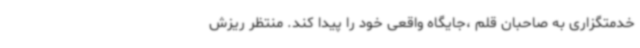
خدمتگزاری به صاحبان قلم ،جایگاه واقعی خود را پیدا کند. منتظر ریزش